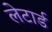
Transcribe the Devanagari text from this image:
लेटार्ड